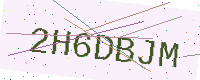
Text: 2H6DBJM